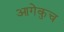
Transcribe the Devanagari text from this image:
आगेकुच